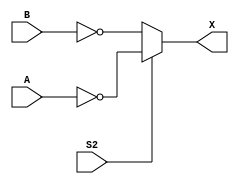
// Fujitsu AV cell
// 2:1 Selector
// furrtek 2022

`timescale 1ns/100ps

// Terminals and polarities checked ok
// S1 ignored because it should always be == ~S2
// See fujitsu_av_cells.svg for cell trace

module T2D(
	input A, B,
	input S2,
	output X
);

assign X = S2 ? ~A : ~B;	// tmax = 2.7ns

endmodule